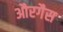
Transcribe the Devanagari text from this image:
औरगैस